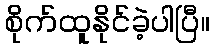
စိုက်ထူနိုင်ခဲ့ပါပြီ။